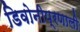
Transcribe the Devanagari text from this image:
डिवोनीप्रणाली